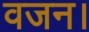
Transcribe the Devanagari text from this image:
वजन।